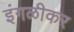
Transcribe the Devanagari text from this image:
इंगळीकर